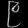
Digit: ၉